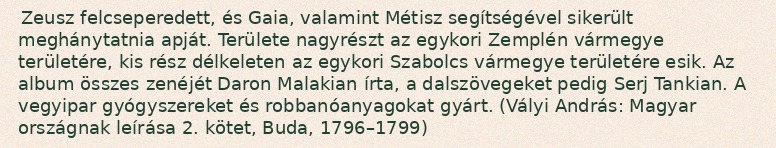
Zeusz felcseperedett, és Gaia, valamint Métisz segítségével sikerült meghánytatnia apját. Területe nagyrészt az egykori Zemplén vármegye területére, kis rész délkeleten az egykori Szabolcs vármegye területére esik. Az album összes zenéjét Daron Malakian írta, a dalszövegeket pedig Serj Tankian. A vegyipar gyógyszereket és robbanóanyagokat gyárt. (Vályi András: Magyar országnak leírása 2. kötet, Buda, 1796–1799)